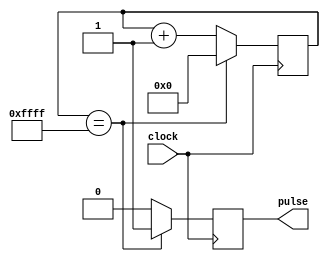
module Timing_control_block(
    input clock,
    output reg pulse
);

reg [15:0] counter;

always @(posedge clock) begin
    if(counter == 16'hFFFF) begin
        pulse <= 1'b1;
        counter <= 16'h0;
    end else begin
        pulse <= 1'b0;
        counter <= counter + 1;
    end
end

endmodule